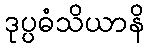
ဒုပ္ပဓံသိယာနိ